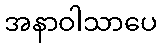
အနာဝါသာပေ